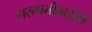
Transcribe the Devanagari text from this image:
मस्तानीबाईंशी